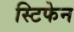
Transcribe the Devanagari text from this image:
स्टिफेन